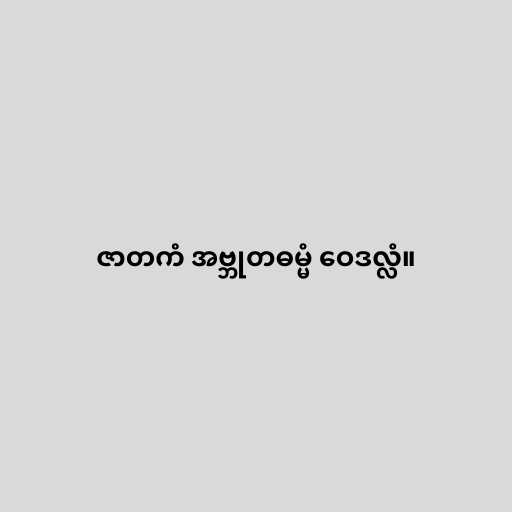
ဇာတကံ အဗ္ဘုတဓမ္မံ ဝေဒလ္လံ။